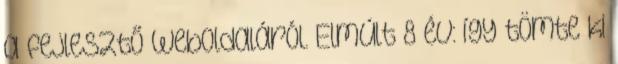
a fejlesztő weboldaláról. Elmúlt 8 év: így tömte ki